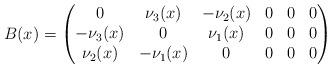
LaTeX: \begin{align*} B(x) = \begin{pmatrix} 0 &\nu_3(x) &-\nu_2(x) &0 &0 &0 \\ -\nu_3(x) &0 &\nu_1(x) &0 &0 &0 \\ \nu_2(x) &-\nu_1(x) &0 &0 &0 &0 \end{pmatrix} \end{align*}